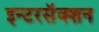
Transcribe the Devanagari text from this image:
इन्टरसॅक्शन